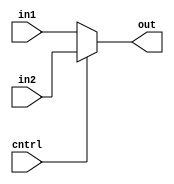
module MUX2to1_32(cntrl,in1,in2,out);
input cntrl;
input [31:0] in1,in2;
output [31:0] out;
assign out = (cntrl == 1) ? in2 : in1;
endmodule